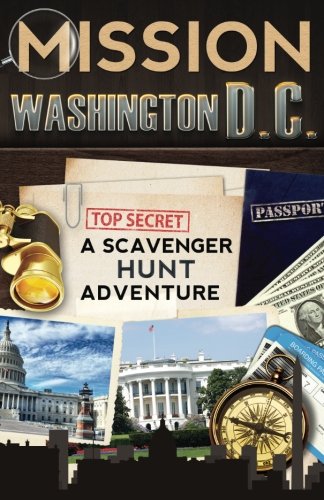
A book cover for Mission Washington, D.C.: A Scavenger Hunt Adventure (For Kids); Catherine Aragon; Children's Books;